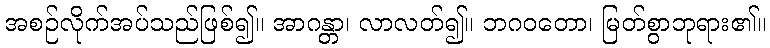
အစဉ်လိုက်အပ်သည်ဖြစ်၍။ အာဂန္တာ၊ လာလတ်၍။ ဘဂဝတော၊ မြတ်စွာဘုရား၏။